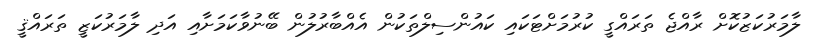
ލާމަރުކަޒުކޮށް ރާއްޖެ ތަރައްގީ ކުރުމަށްޓަކައި ކައުންސިލްތަކުން އެއްބާރުލުން ބޭނުވާކަމަށާއި އަދި ލާމަރުކަޒީ ތަރައްޤީ